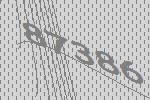
87386